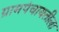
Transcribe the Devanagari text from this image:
ग्रामपंचायतीला